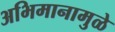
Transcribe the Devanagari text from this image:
अभिमानामुळे